Leaving Certificate Examination (including Day School Certificate (Higher) General paper), 1934
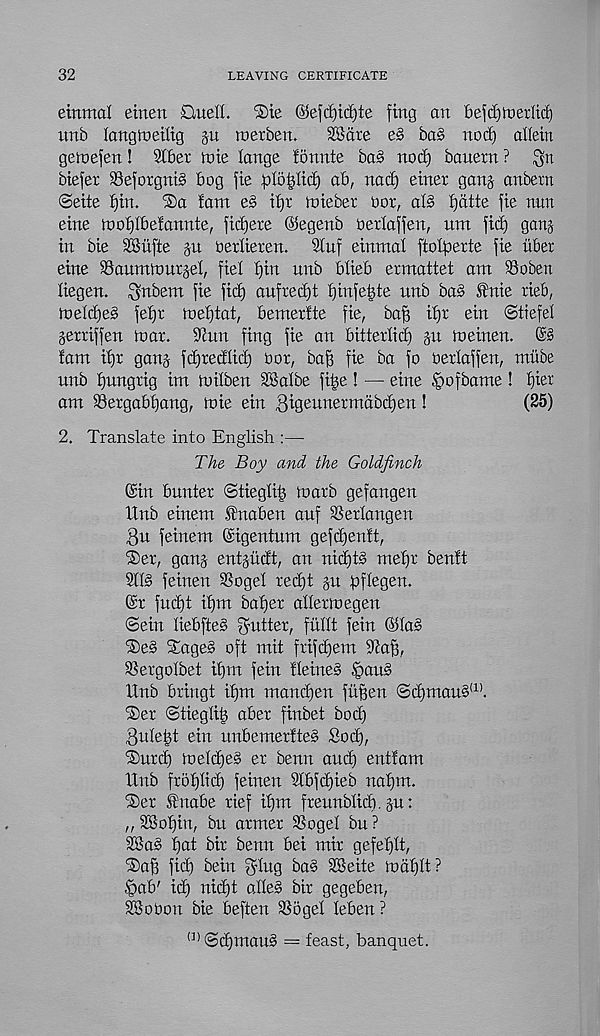
32
LEAVING CERTIFICATE
eirtmal einen Quell. Qie ©efd)id)te firtg an bejd)tt>ei1td)
unb langiuetttg gu iiierbert.
28ate e§ ba§ nod) allein
getnefen! SCbet tote lange fonute ba§ nod) banetn ?
btefet 35efotgnt§ bog fie plofdtd) ab, nad) etnet gang anbern
©eite f)in. ®a !atn es it)t totebet oot, aB t)dtte fie nnn
eine toofjlbelannte, fidjete ©egettb Oetlaffen, nm fid) gang
in bie SBiifte gu oerlieren. Siuf einmal ftolperte fie itber
eine SSanmtoutgel, fiel I)in unb blieb ermattet am Robert
liegen. Snbem fie fid) auftedjt t)infet)te nnb bab f ttie tieb,
toeId)e§ feijt toeb)tat, bemertte fie, baft ifjt ein ©tiefel
gertiffen toar. S'Jun fing fie an bitterlid) gu toeinen.
!am iftt gang fdjredlidft oot, baft fie ba fo oetlaffen, mitbe
unb ftungtig tm toilben 2Balbe fifte ! — eine §ofbame ! ftiet
am 93etgabftang, toie ein Bkjeunetmdbcften!
(25)
2. Translate into English :—
The Boy and the Goldfinch
(Sin buntet ©tieglift toatb gefangen
Xlnb einem .fnaben anf Setlangert
3u feinem ©igentum gefdjentt,
®et, gang entgiidt, an nid)B meftt benft
91B feinen SSogel te^t gn pflegen.
(St fm^t iftm baftet allettoegen
©ein liebfteb yyuttet, fudt fein (8(a§
®es SageS oft mit ftifdjem 9taft,
SSetgoIbet iftm fein Heines §auS
Unb bringt iftm mandjen fitften ©d)mauS (1) .
Set ©tieglift abet finbet bo eft
Buleftt ein unbemettteS So eft,
Sntcft toelcfteS et benn and) entfam
Unb ftoftltcft feinen Ubfcftieb naftm.
Set inabe tief iftm ftennblid). gn:
„ 28oftin, bn atmer SSogel bn ?
2BaS ftat bit benn bei mit gefeftlt,
Saft fieft bein ghtg b a § 38eite todftlt?
|>ab' ieft nitftt alleS bit gegeben,
28o0on bie beften SSogel leben ?
(]) ©(^mauS = feast, banquet.